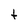
Character: t